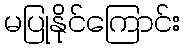
မပြုနိုင်ကြောင်း